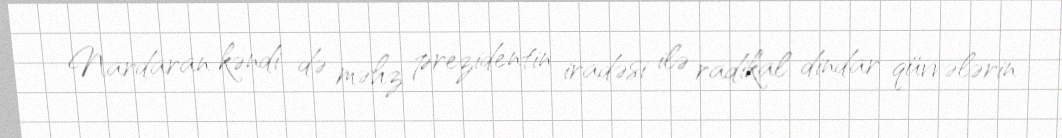
Nardaran kəndi də məhz prezidentin iradəsi ilə radikal dindar qüvvələrin